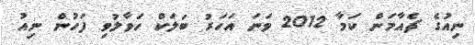
ނިއުގެ ޗެއާމަން ކަމާ 2012 ވަނަ އަހަރު ބަލަކް ހަވާލުވި ފަހުން ނިއު